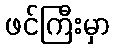
ဖင်ကြီးမှာ